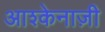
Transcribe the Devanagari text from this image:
आश्केनाज़ी